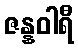
ဇန္နဝါရီ